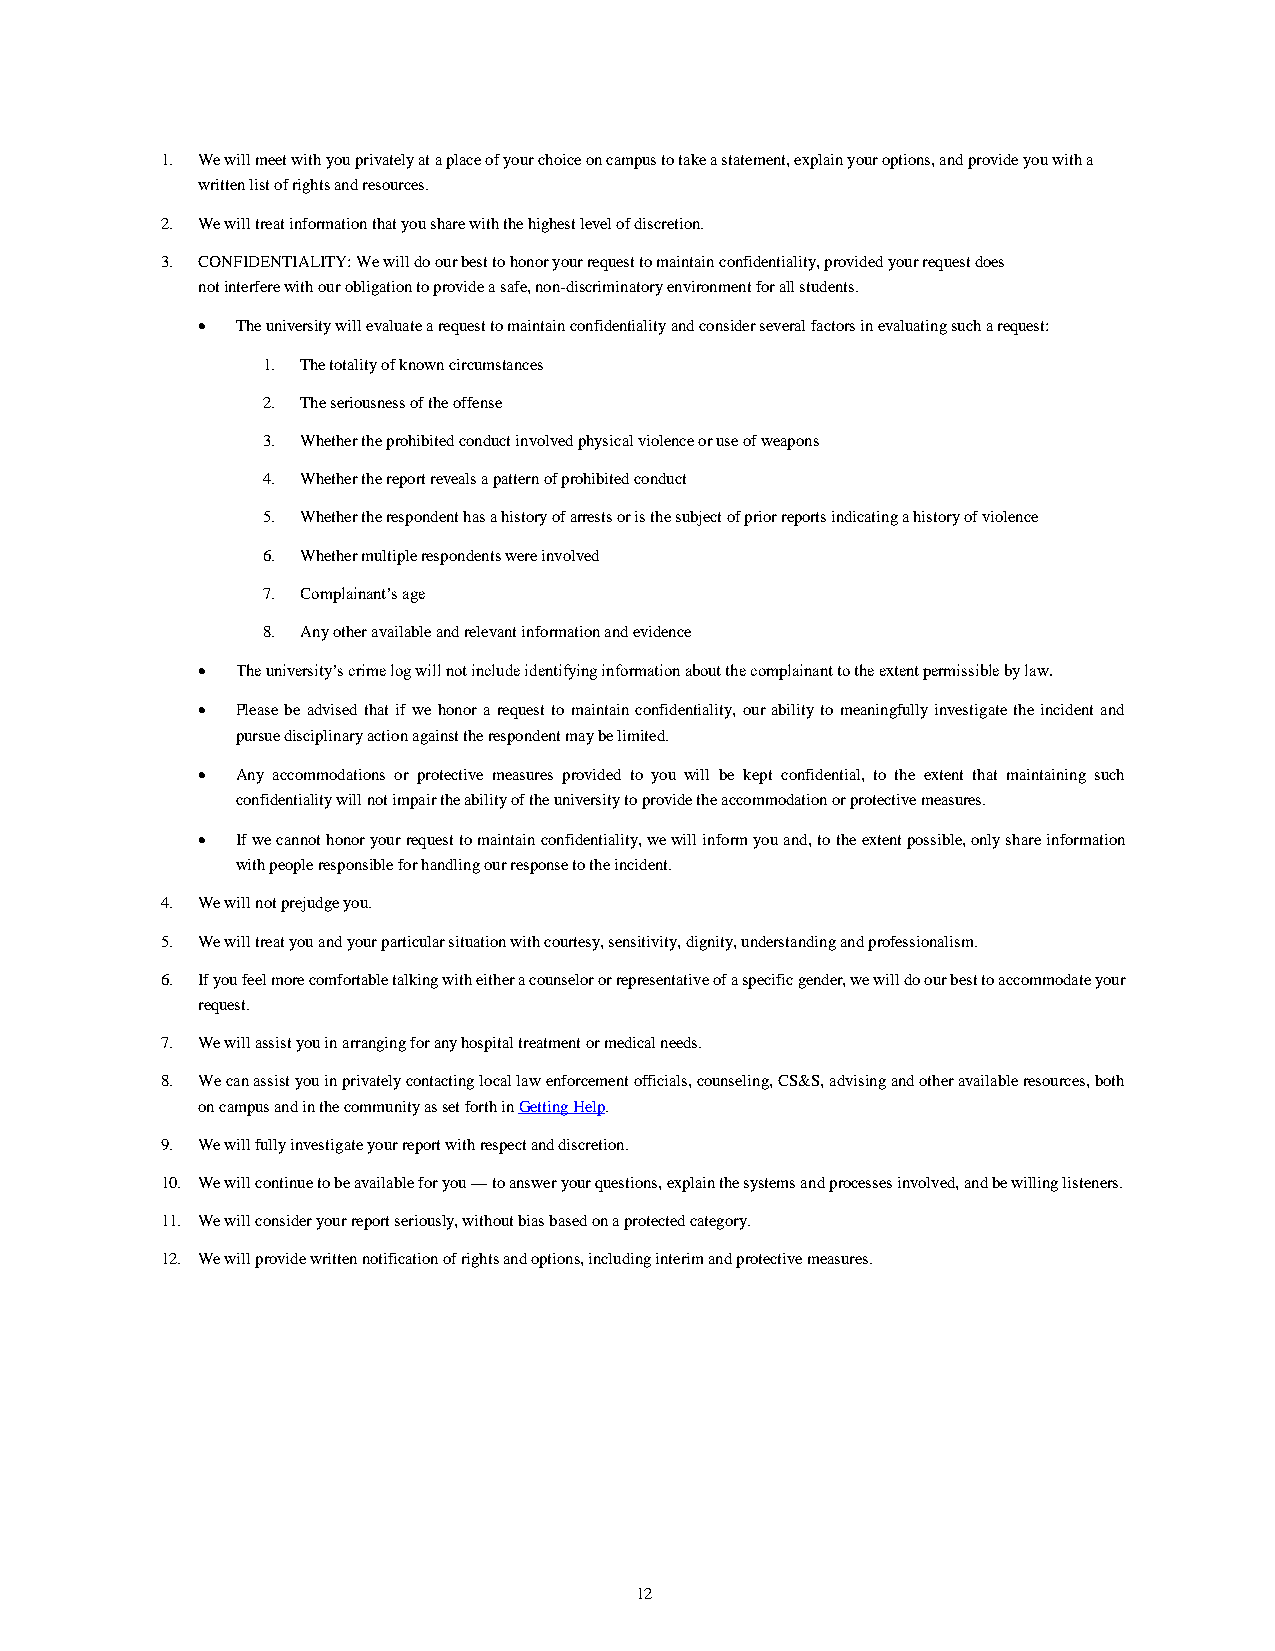
1. We will meet with you privately at a place of your choice on campus to take a statement, explain your options, and provide you with a
 written list of rights and resources.
 2. We will treat information that you share with the highest level of discretion.
 3. CONFIDENTIALITY: We will do our best to honor your request to maintain confidentiality, provided your request does
 not interfere with our obligation to provide a safe, non-discriminatory environment for all students.
   The university will evaluate a request to maintain confidentiality and consider several factors in evaluating such a request:
 1. The totality of known circumstances
 2. The seriousness of the offense
 3. Whether the prohibited conduct involved physical violence or use of weapons
 4. Whether the report reveals a pattern of prohibited conduct
 5. Whether the respondent has a history of arrests or is the subject of prior reports indicating a history of violence
 6. Whether multiple respondents were involved
 7. Complainant’s age
 8. Any other available and relevant information and evidence
   The university’s crime log will not include identifying information about the complainant to the extent permissible by law.
   Please be advised that if we honor a request to maintain confidentiality, our ability to meaningfully investigate the incident and
 pursue disciplinary action against the respondent may be limited.
   Any accommodations or protective measures provided to you will be kept confidential, to the extent that maintaining such
 confidentiality will not impair the ability of the university to provide the accommodation or protective measures.
   If we cannot honor your request to maintain confidentiality, we will inform you and, to the extent possible, only share information
 with people responsible for handling our response to the incident.
 4. We will not prejudge you.
 5. We will treat you and your particular situation with courtesy, sensitivity, dignity, understanding and professionalism.
 6. If you feel more comfortable talking with either a counselor or representative of a specific gender, we will do our best to accommodate your
 request.
 7. We will assist you in arranging for any hospital treatment or medical needs.
 8. We can assist you in privately contacting local law enforcement officials, counseling, CS&S, advising and other available resources, both
 on campus and in the community as set forth in Getting Help.
 9. We will fully investigate your report with respect and discretion.
 10. We will continue to be available for you — to answer your questions, explain the systems and processes involved, and be willing listeners.
 11. We will consider your report seriously, without bias based on a protected category.
 12. We will provide written notification of rights and options, including interim and protective measures.
 12